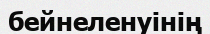
бейнеленуінің